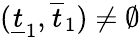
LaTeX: (\underline{{t}}_{1},\overline{{t}}_{1})\not=\emptyset